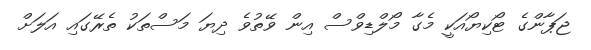
ޖަޕާންގެ ޓޯކިޔޯއަކީ މެގާ މޯލްޑިވްސް އިން ވޭތުވެ ދިޔަ މަސްތަކު ތެރޭގައި އަލަށް